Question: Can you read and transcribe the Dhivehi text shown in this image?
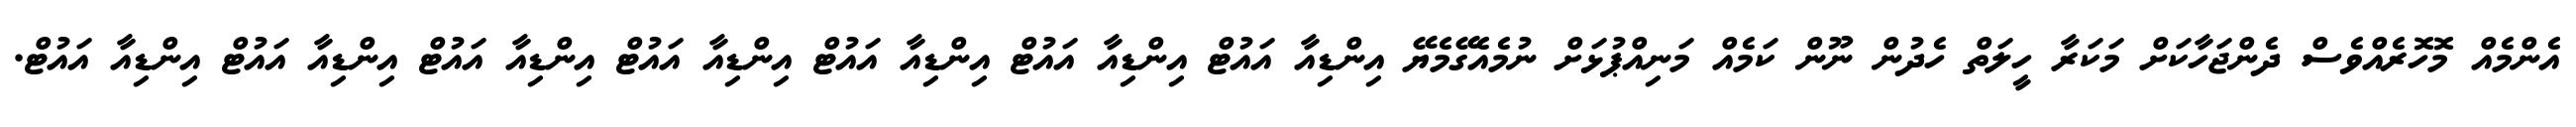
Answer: އެންމެއް މޮހޮރެއްވެސް ދެންޖަހާކަށް މަކަރާ ހީލަތް ހެދުން ނޫން ކަމެއް މަނިއްޕުޅަށް ނުމެއެގޭމެޔޭ އިންޑިއާ އައުޓް އިންޑިއާ އައުޓް އިންޑިއާ އައުޓް އިންޑިއާ އައުޓް އިންޑިއާ އައުޓް އިންޑިއާ އައުޓް އިންޑިއާ އައުޓް.